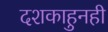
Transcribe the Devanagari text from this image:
दशकाहुनही